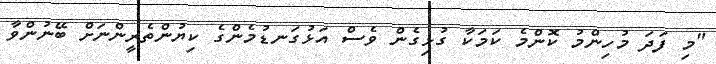
"މި ފަދަ މުހިންމު ކޮންމެ ކަމަކާ ގުޅިގެން ވެސް އަޅުގަނޑުމެންގެ ކިޔުންތެރީންނަށް ބޭނުންވާ